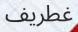
غطريف